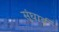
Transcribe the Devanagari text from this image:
सुंघाई